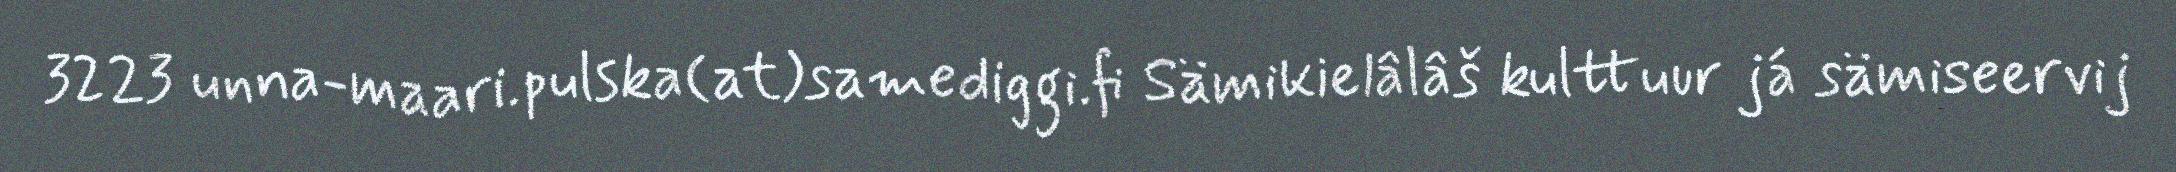
3223 unna-maari.pulska(at)samediggi.fi Sämikielâlâš kulttuur já sämiseervij